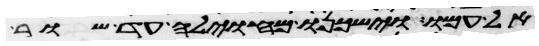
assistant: אל עמו וישכנו מחוילה עד שור